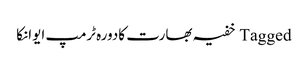
Tagged خفیہ بھارت کادورہ ٹرمپ ایوانکا